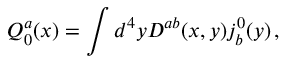
Q _ { 0 } ^ { a } ( x ) = \int d ^ { 4 } y { \cal D } ^ { a b } ( x , y ) j _ { b } ^ { 0 } ( y ) \, ,